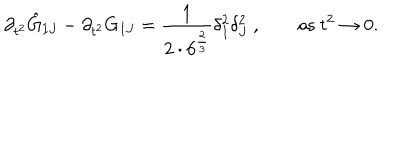
\partial _ { t ^ { 2 } } \hat { G } _ { I J } - \partial _ { t ^ { 2 } } G _ { I J } = { \frac { 1 } { 2 \cdot 6 ^ { \frac { 2 } { 3 } } } } \delta _ { I } ^ { 2 } \delta _ { J } ^ { 2 } \ , \qquad \mathrm { a s } \ t ^ { 2 } \rightarrow 0 .